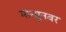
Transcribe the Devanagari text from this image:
मान्सूनवर